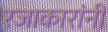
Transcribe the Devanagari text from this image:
रजाकारांनी